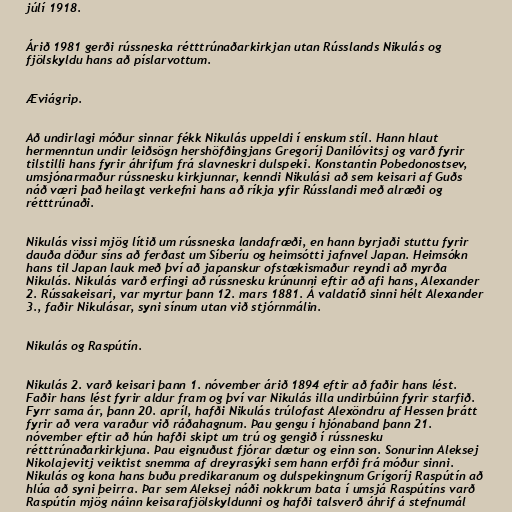
júlí 1918.

Árið 1981 gerði rússneska rétttrúnaðarkirkjan utan Rússlands Nikulás og
fjölskyldu hans að píslarvottum.

Æviágrip.

Að undirlagi móður sinnar fékk Nikulás uppeldi í enskum stíl. Hann hlaut
hermenntun undir leiðsögn hershöfðingjans Gregoríj Danilóvitsj og varð fyrir
tilstilli hans fyrir áhrifum frá slavneskri dulspeki. Konstantin Pobedonostsev,
umsjónarmaður rússnesku kirkjunnar, kenndi Nikulási að sem keisari af Guðs
náð væri það heilagt verkefni hans að ríkja yfir Rússlandi með alræði og
rétttrúnaði.

Nikulás vissi mjög lítið um rússneska landafræði, en hann byrjaði stuttu fyrir
dauða döður síns að ferðast um Síberíu og heimsótti jafnvel Japan. Heimsókn
hans til Japan lauk með því að japanskur ofstækismaður reyndi að myrða
Nikulás. Nikulás varð erfingi að rússnesku krúnunni eftir að afi hans, Alexander
2. Rússakeisari, var myrtur þann 12. mars 1881. Á valdatíð sinni hélt Alexander
3., faðir Nikulásar, syni sínum utan við stjórnmálin.

Nikulás og Raspútín.

Nikulás 2. varð keisari þann 1. nóvember árið 1894 eftir að faðir hans lést.
Faðir hans lést fyrir aldur fram og því var Nikulás illa undirbúinn fyrir starfið.
Fyrr sama ár, þann 20. apríl, hafði Nikulás trúlofast Alexöndru af Hessen þrátt
fyrir að vera varaður við ráðahagnum. Þau gengu í hjónaband þann 21.
nóvember eftir að hún hafði skipt um trú og gengið í rússnesku
rétttrúnaðarkirkjuna. Þau eignuðust fjórar dætur og einn son. Sonurinn Aleksej
Nikolajevitj veiktist snemma af dreyrasýki sem hann erfði frá móður sinni.
Nikulás og kona hans buðu predikaranum og dulspekingnum Grígoríj Raspútín að
hlúa að syni þeirra. Þar sem Aleksej náði nokkrum bata í umsjá Raspútíns varð
Raspútín mjög náinn keisarafjölskyldunni og hafði talsverð áhrif á stefnumál